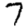
Digit: 7